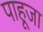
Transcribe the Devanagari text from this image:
पाहूजा